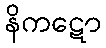
နိကဋော